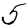
Digit: 5